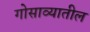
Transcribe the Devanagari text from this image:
गोसाव्यातील